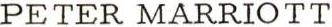
PETER MARRIOTT